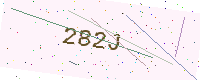
Text: 282J